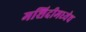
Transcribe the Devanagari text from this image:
मशिदीमध्येच